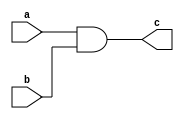
module and_combinational_logic_model(c,a,b);
    output c;
    input a,b;
    assign c = (a&&b);
endmodule

// test bench code

module test_and_combinational_logic_model();
    wire c;
    reg a,b;
    and_combinational_logic_model g(c,a,b);
    initial
	begin
	    a=0;b=0;
	    #100 a=0;b=1;
	    #100 a=1;b=0;
	    #100 a=1;b=1;
	end		
endmodule